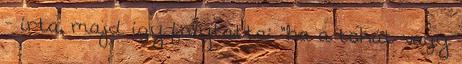
- írta, majd így folytatta: "ha a tokát vagy